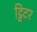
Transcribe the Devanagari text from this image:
ट्विटर